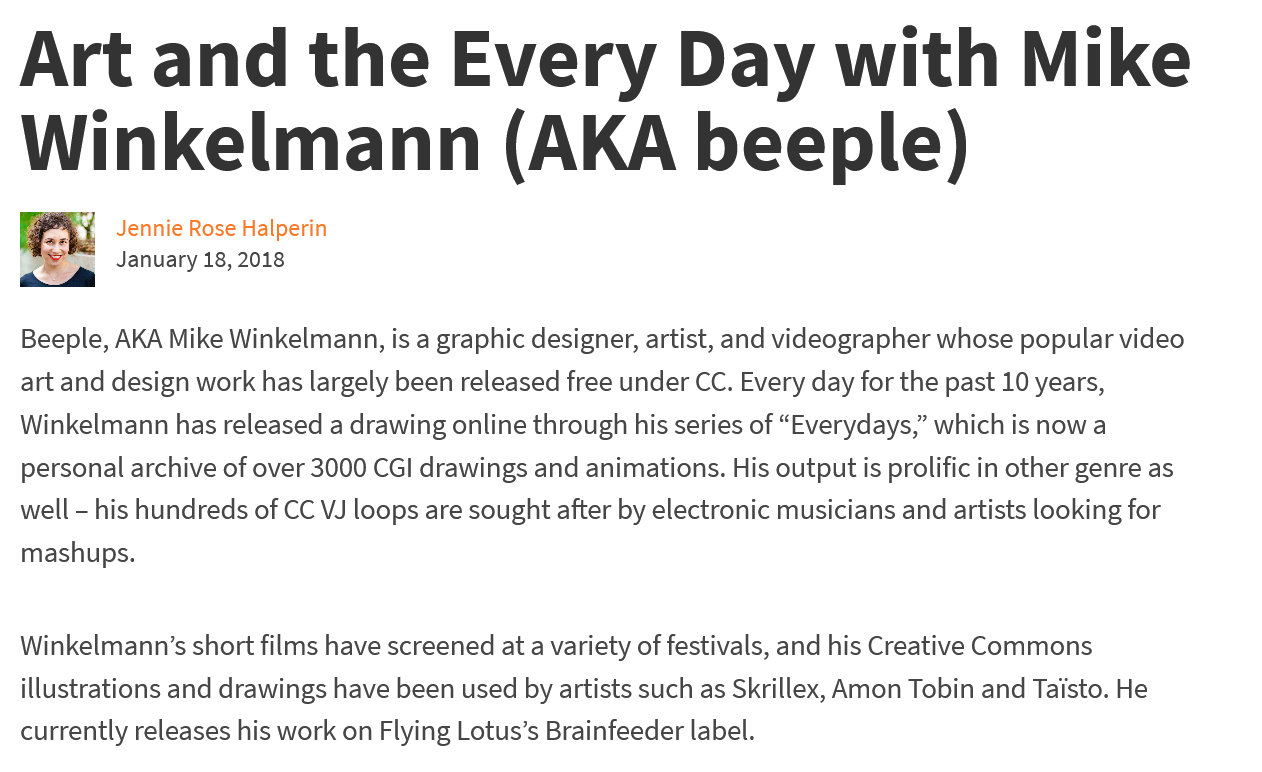
Art    and    the    Every    Day    with    Mike
  Winkelmann    (AKA    beeple)
     Jennie Rose Halperin
     January 18, 2018
  Beeple, AKA Mike Winkelmann, is a graphic designer, artist, and videographer whose popular video
  art and design work has largely been released free under CC. Every day for the past 10 years,
  Winkelmann has released a drawing online through his series of “Everydays,” which is now a
  personal archive of over 3000 CGI drawings and animations. His output is prolific in other genre as
  well
     -
     his hundreds of CC VJ loops are sought after by electronic musicians and artists looking for
  mashups.
  Winkelmann’s short films have screened at a variety of festivals, and his Creative Commons
  illustrations and drawings have been used by artists such as Skrillex, Amon Tobin and Taisto. He
  currently releases his work on Flying Lotus’s Brainfeeder label.